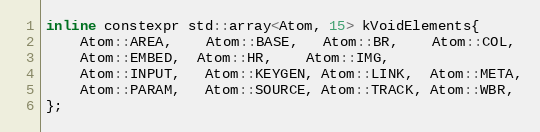
Language: C
inline constexpr std::array<Atom, 15> kVoidElements{
    Atom::AREA,    Atom::BASE,   Atom::BR,    Atom::COL,
    Atom::EMBED,  Atom::HR,    Atom::IMG,
    Atom::INPUT,   Atom::KEYGEN, Atom::LINK,  Atom::META,
    Atom::PARAM,   Atom::SOURCE, Atom::TRACK, Atom::WBR,
};